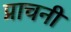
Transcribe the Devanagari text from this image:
प्राचनी